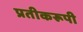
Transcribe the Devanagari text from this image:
प्रतीकरूपी